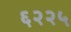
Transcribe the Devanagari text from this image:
६२२५